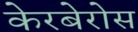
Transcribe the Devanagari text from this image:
केरबेरोस